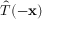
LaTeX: { \hat { T } } ( - \mathbf { x } )